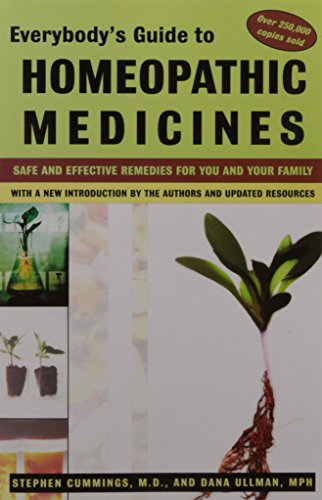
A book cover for Everybody's Guide to Homeopathic Medicines; Stephen Cummings; Health, Fitness & Dieting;